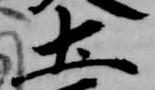
土